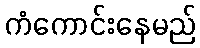
ကံကောင်းနေမည်